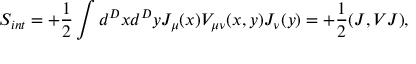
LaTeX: S _ { i n t } = + { \frac { 1 } { 2 } } \int d ^ { D } x d ^ { D } y { \cal J } _ { \mu } ( x ) { V } _ { \mu \nu } ( x , y ) { \cal J } _ { \nu } ( y ) = + { \frac { 1 } { 2 } } ( { \cal J } , V { \cal J } ) ,